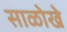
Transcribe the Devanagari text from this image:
साळोखे